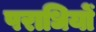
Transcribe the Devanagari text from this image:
पराधियों